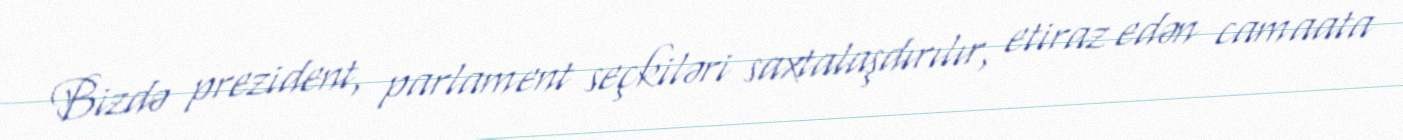
Bizdə prezident, parlament seçkiləri saxtalaşdırılır, etiraz edən camaata